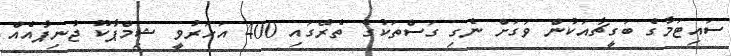
ސައިޓަމާގެ ބަގީޗާއަކުން ވަގަށް ނެގި ގަސްތަކުގެ ތެރޭގައި 400 އަހަރުވީ ޝިމްޕާކޫ ޖުނިޕާއެއް